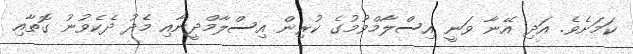
ކަމަށެވެ. އަދި އޭނާ ވަނީ އިސްލާމްވުމުގެ ކުރިން އިސްލާމްދީނާއި މެދު ދެކެވުނު ގޮތާއި